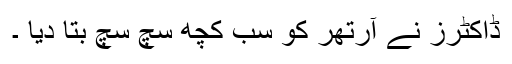
ڈاکٹرز نے آرتھر کو سب کچھ سچ سچ بتا دیا ۔